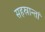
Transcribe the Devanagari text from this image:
सहस्रान्तां